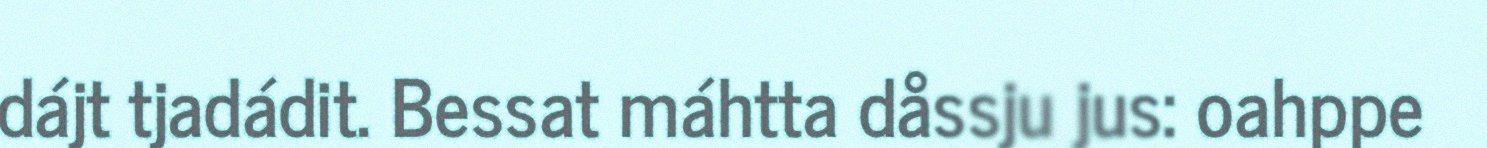
dájt tjadádit. Bessat máhtta dåssju jus: oahppe